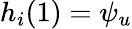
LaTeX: h_{i}(1)=\psi_{u}